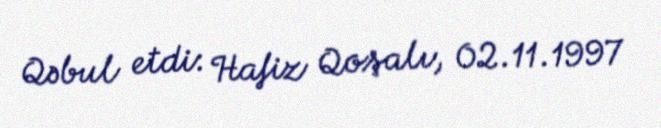
Qəbul etdi: Hafiz Qoşalı, 02.11.1997